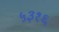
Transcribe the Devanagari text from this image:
५३१६